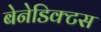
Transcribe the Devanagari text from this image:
बेनेडिक्टस